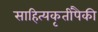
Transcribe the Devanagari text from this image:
साहित्यकृतींपैकी